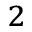
_ 2